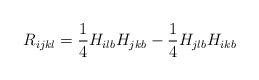
LaTeX: \begin{align*} R_{ijkl}=\frac{1}{4}H_{ilb}H_{jkb}-\frac{1}{4}H_{jlb}H_{ikb}\end{align*}